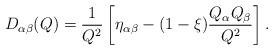
LaTeX: \begin{align*} D_{\alpha\beta}(Q)=\frac{1}{Q^2}\left[\eta_{\alpha\beta}-(1-\xi)\frac{Q_\alpha Q_\beta}{Q^2}\right] .\end{align*}